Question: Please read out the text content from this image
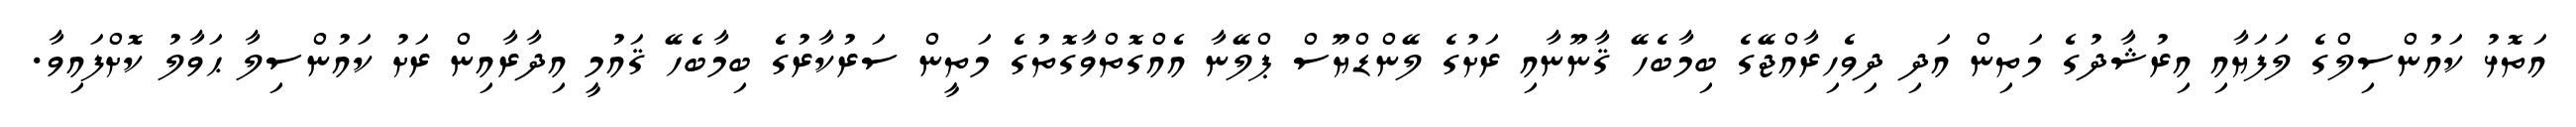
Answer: އަތޮޅު ކައުންސިލްގެ ލަފަޔާއި އިރުޝާދުގެ މަތިން އަދި ދިވެހިރާއްޖޭގެ ބިމާބެހޭ ޤާނޫނާއި ރަށުގެ ލޭންޑްޔޫސް ޕްލޭނާ އެއްގޮތްވާގޮތުގެ މަތީން ސަރުކާރުގެ ބިމާބެހޭ ޤައުމީ އިދާރާއިން ރަށު ކައުންސިލާ ޙަވާލު ކޮށްފައިވާ.